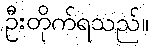
ဦးတိုက်ရသည်။